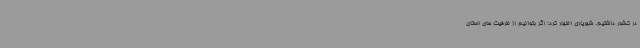
در کشور داشتیم. شهریاری اظهار کرد: اگر بتوانیم از ظرفیت های استان